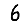
Digit: 6